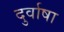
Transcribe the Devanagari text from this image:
दुर्वाषा